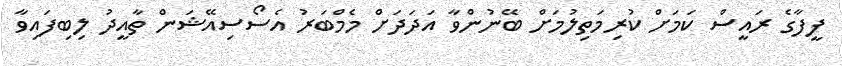
ފީފާގެ ރައީސް ކަމަށް ކުރިމަތިލުމަށް ބޭނުންވާ އަދަދަށް މެމްބަރު އެސޯސިއޭޝަން ތާއީދު ލިބިފައިވާ